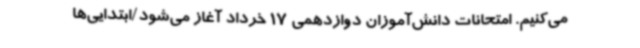
می‌کنیم. امتحانات دانش‌آموزان دوازدهمی 17 خرداد آغاز می‌شود/ابتدایی‌ها